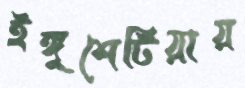
ইঙ্গুশেটিয়ায়